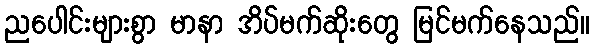
ညပေါင်းများစွာ မာနာ အိပ်မက်ဆိုးတွေ မြင်မက်နေသည်။